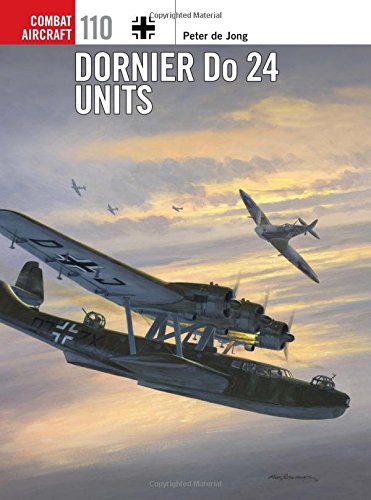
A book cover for Dornier Do 24 Units (Combat Aircraft); Peter Jong; History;